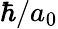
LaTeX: \hbar/a_{0}